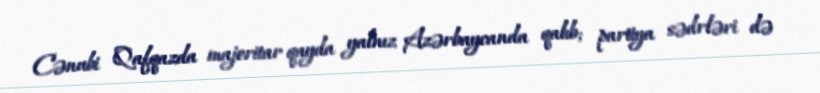
Cənubi Qafqazda majoritar qayda yalnız Azərbaycanda qalıb; partiya sədrləri də